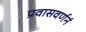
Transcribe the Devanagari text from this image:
प्रवासवर्णनं